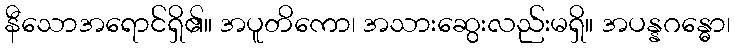
နီသောအရောင်ရှိ၏။ အပူတိကော၊ အသားဆွေးလည်းမရှိ။ အပန္နဂန္ဓော၊